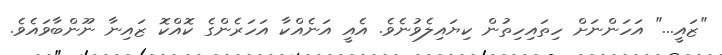
"ޒައީ..." އަހަންނަށް ހިތައިހިތުން ކިޔައިލެވުނެވެ. އެއީ އަނެއްކާ އަހަރެންގެ ކޮއްކޮ ޒައިނާ ނޫންބާވައެވެ.